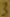
Text: 3